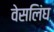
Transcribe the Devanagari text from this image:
वेसलिंघ